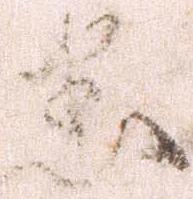
悉